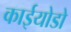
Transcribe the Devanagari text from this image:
काईयोडो